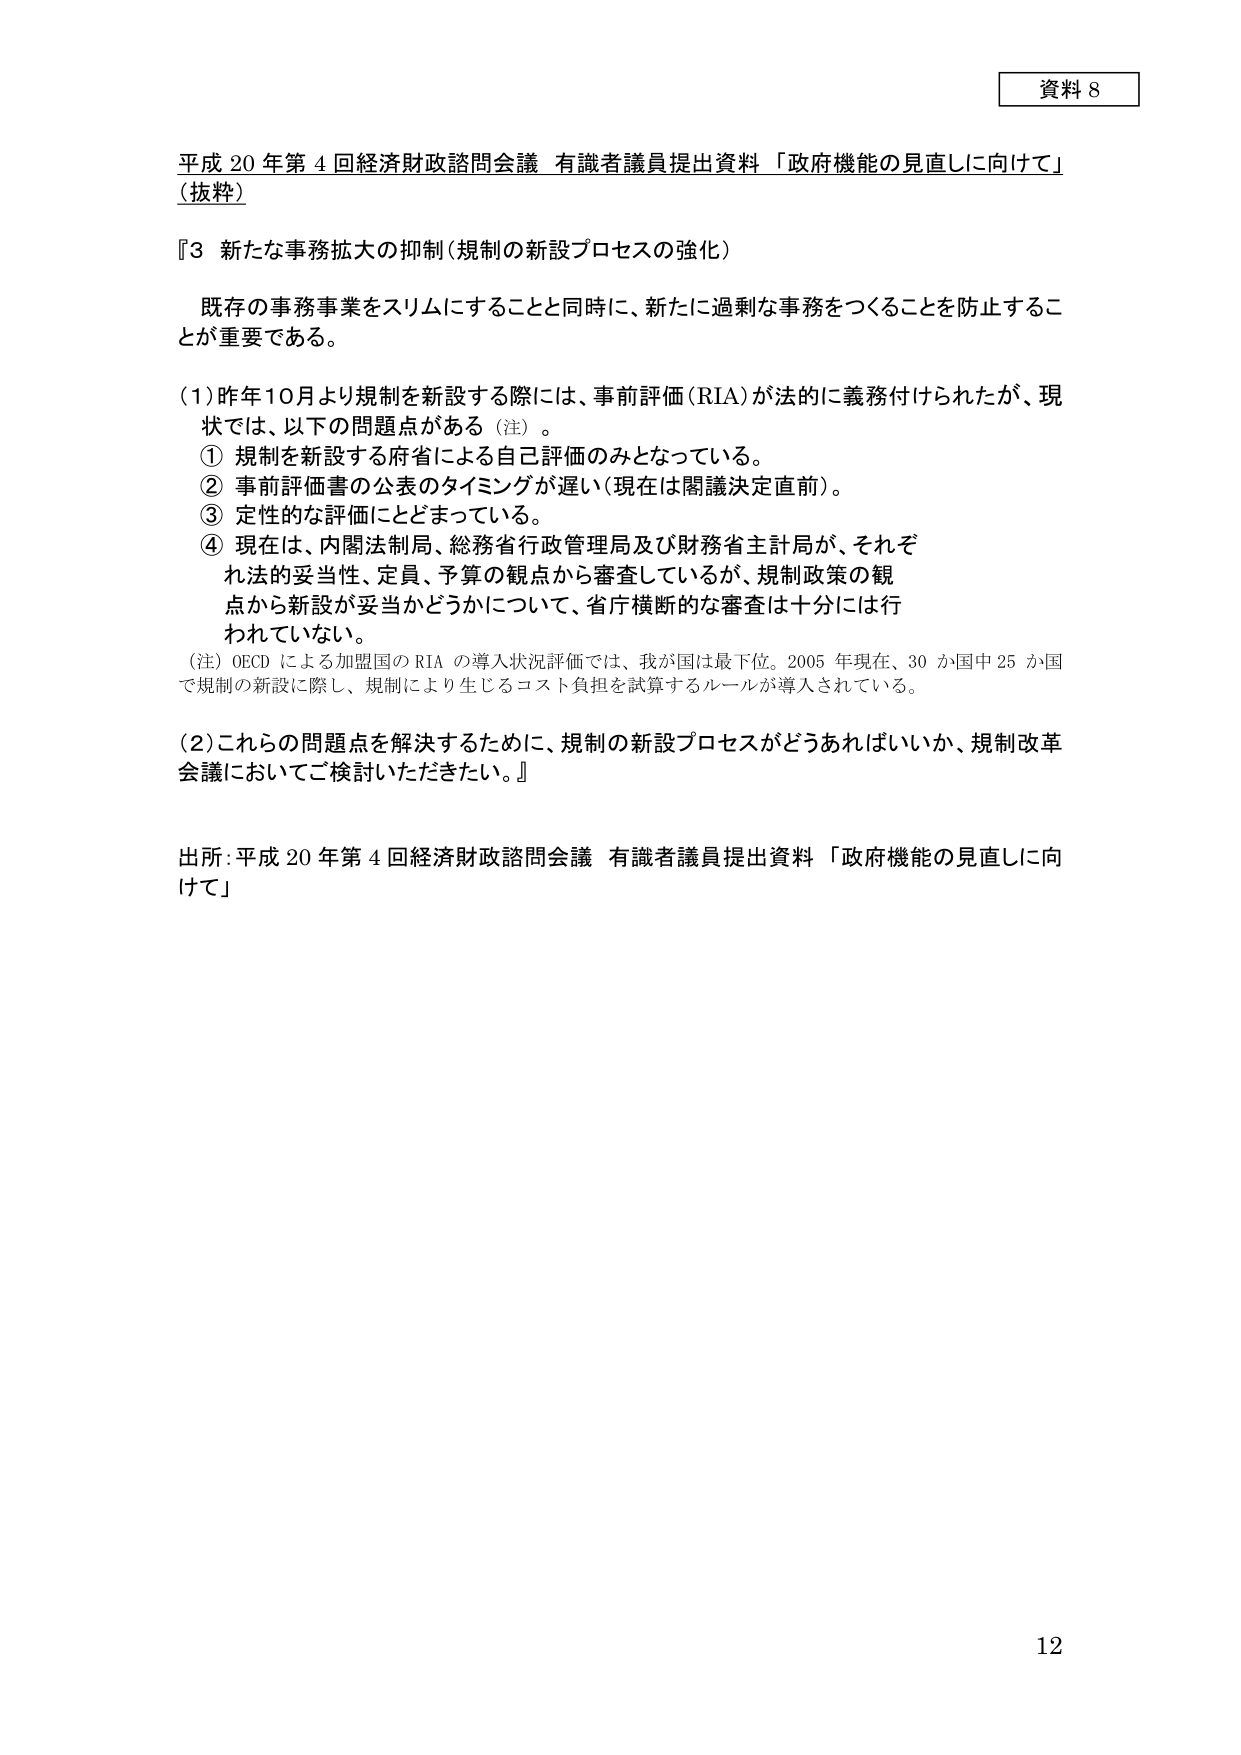
資料 8

平成 20 年第 4 回経済財政諮問会議 有識者議員提出資料「政府機能の見直しに向けて」
（抜粋）

『3 新たな事務拡大の抑制（規制の新設プロセスの強化）

　既存の事務事業をスリムにすることと同時に、新たに過剰な事務をつくることを防止することが重要である。

（1）昨年10月より規制を新設する際には、事前評価（RIA）が法的に義務付けられたが、現状では、以下の問題点がある（注）。
　① 規制を新設する府省による自己評価のみとなっている。
　② 事前評価書の公表のタイミングが遅い（現在は閣議決定直前）。
　③ 定性的な評価にとどまっている。
　④ 現在は、内閣法制局、総務省行政管理局及び財務省主計局が、それぞれ法的妥当性、定員、予算の観点から審査しているが、規制政策の観点から新設が妥当かどうかについて、省庁横断的な審査は十分には行われていない。

（注）OECD による加盟国の RIA の導入状況評価では、我が国は最下位。2005 年現在、30 か国中 25 か国で規制の新設に際し、規制により生じるコスト負担を試算するルールが導入されている。

（2）これらの問題点を解決するために、規制の新設プロセスがどうあればいいか、規制改革会議においてご検討いただきたい。』

出所：平成 20 年第 4 回経済財政諮問会議 有識者議員提出資料「政府機能の見直しに向けて」

12